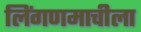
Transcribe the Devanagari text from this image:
लिंगणमाचीला